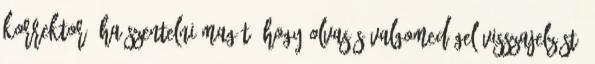
korrektor. Ha szentelni magát, hogy olvasás Valgomed gel visszajelzést,